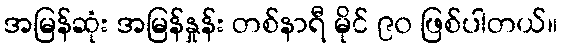
အမြန်ဆုံး အမြန်နှုန်း တစ်နာရီ မိုင် ၉၀ ဖြစ်ပါတယ်။